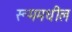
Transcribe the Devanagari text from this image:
रूममधील